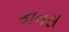
કાનસ